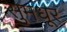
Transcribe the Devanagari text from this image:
सुमधूर